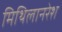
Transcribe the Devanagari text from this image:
मिथिलानरेश